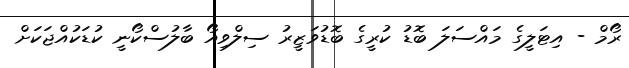
ރޯމް - އިޓަލީގެ މައްސަލަ ބޮޑު ކުރީގެ ބޮޑުވަޒީރު ސިލްވިއޯ ބާލުސްކޯނީ ކުޑަކުއްޖަކަށް